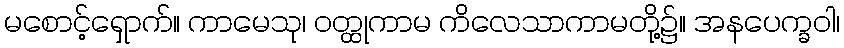
မစောင့်ရှောက်။ ကာမေသု၊ ဝတ္ထုကာမ ကိလေသာကာမတို့၌။ အနပေက္ခဝါ၊